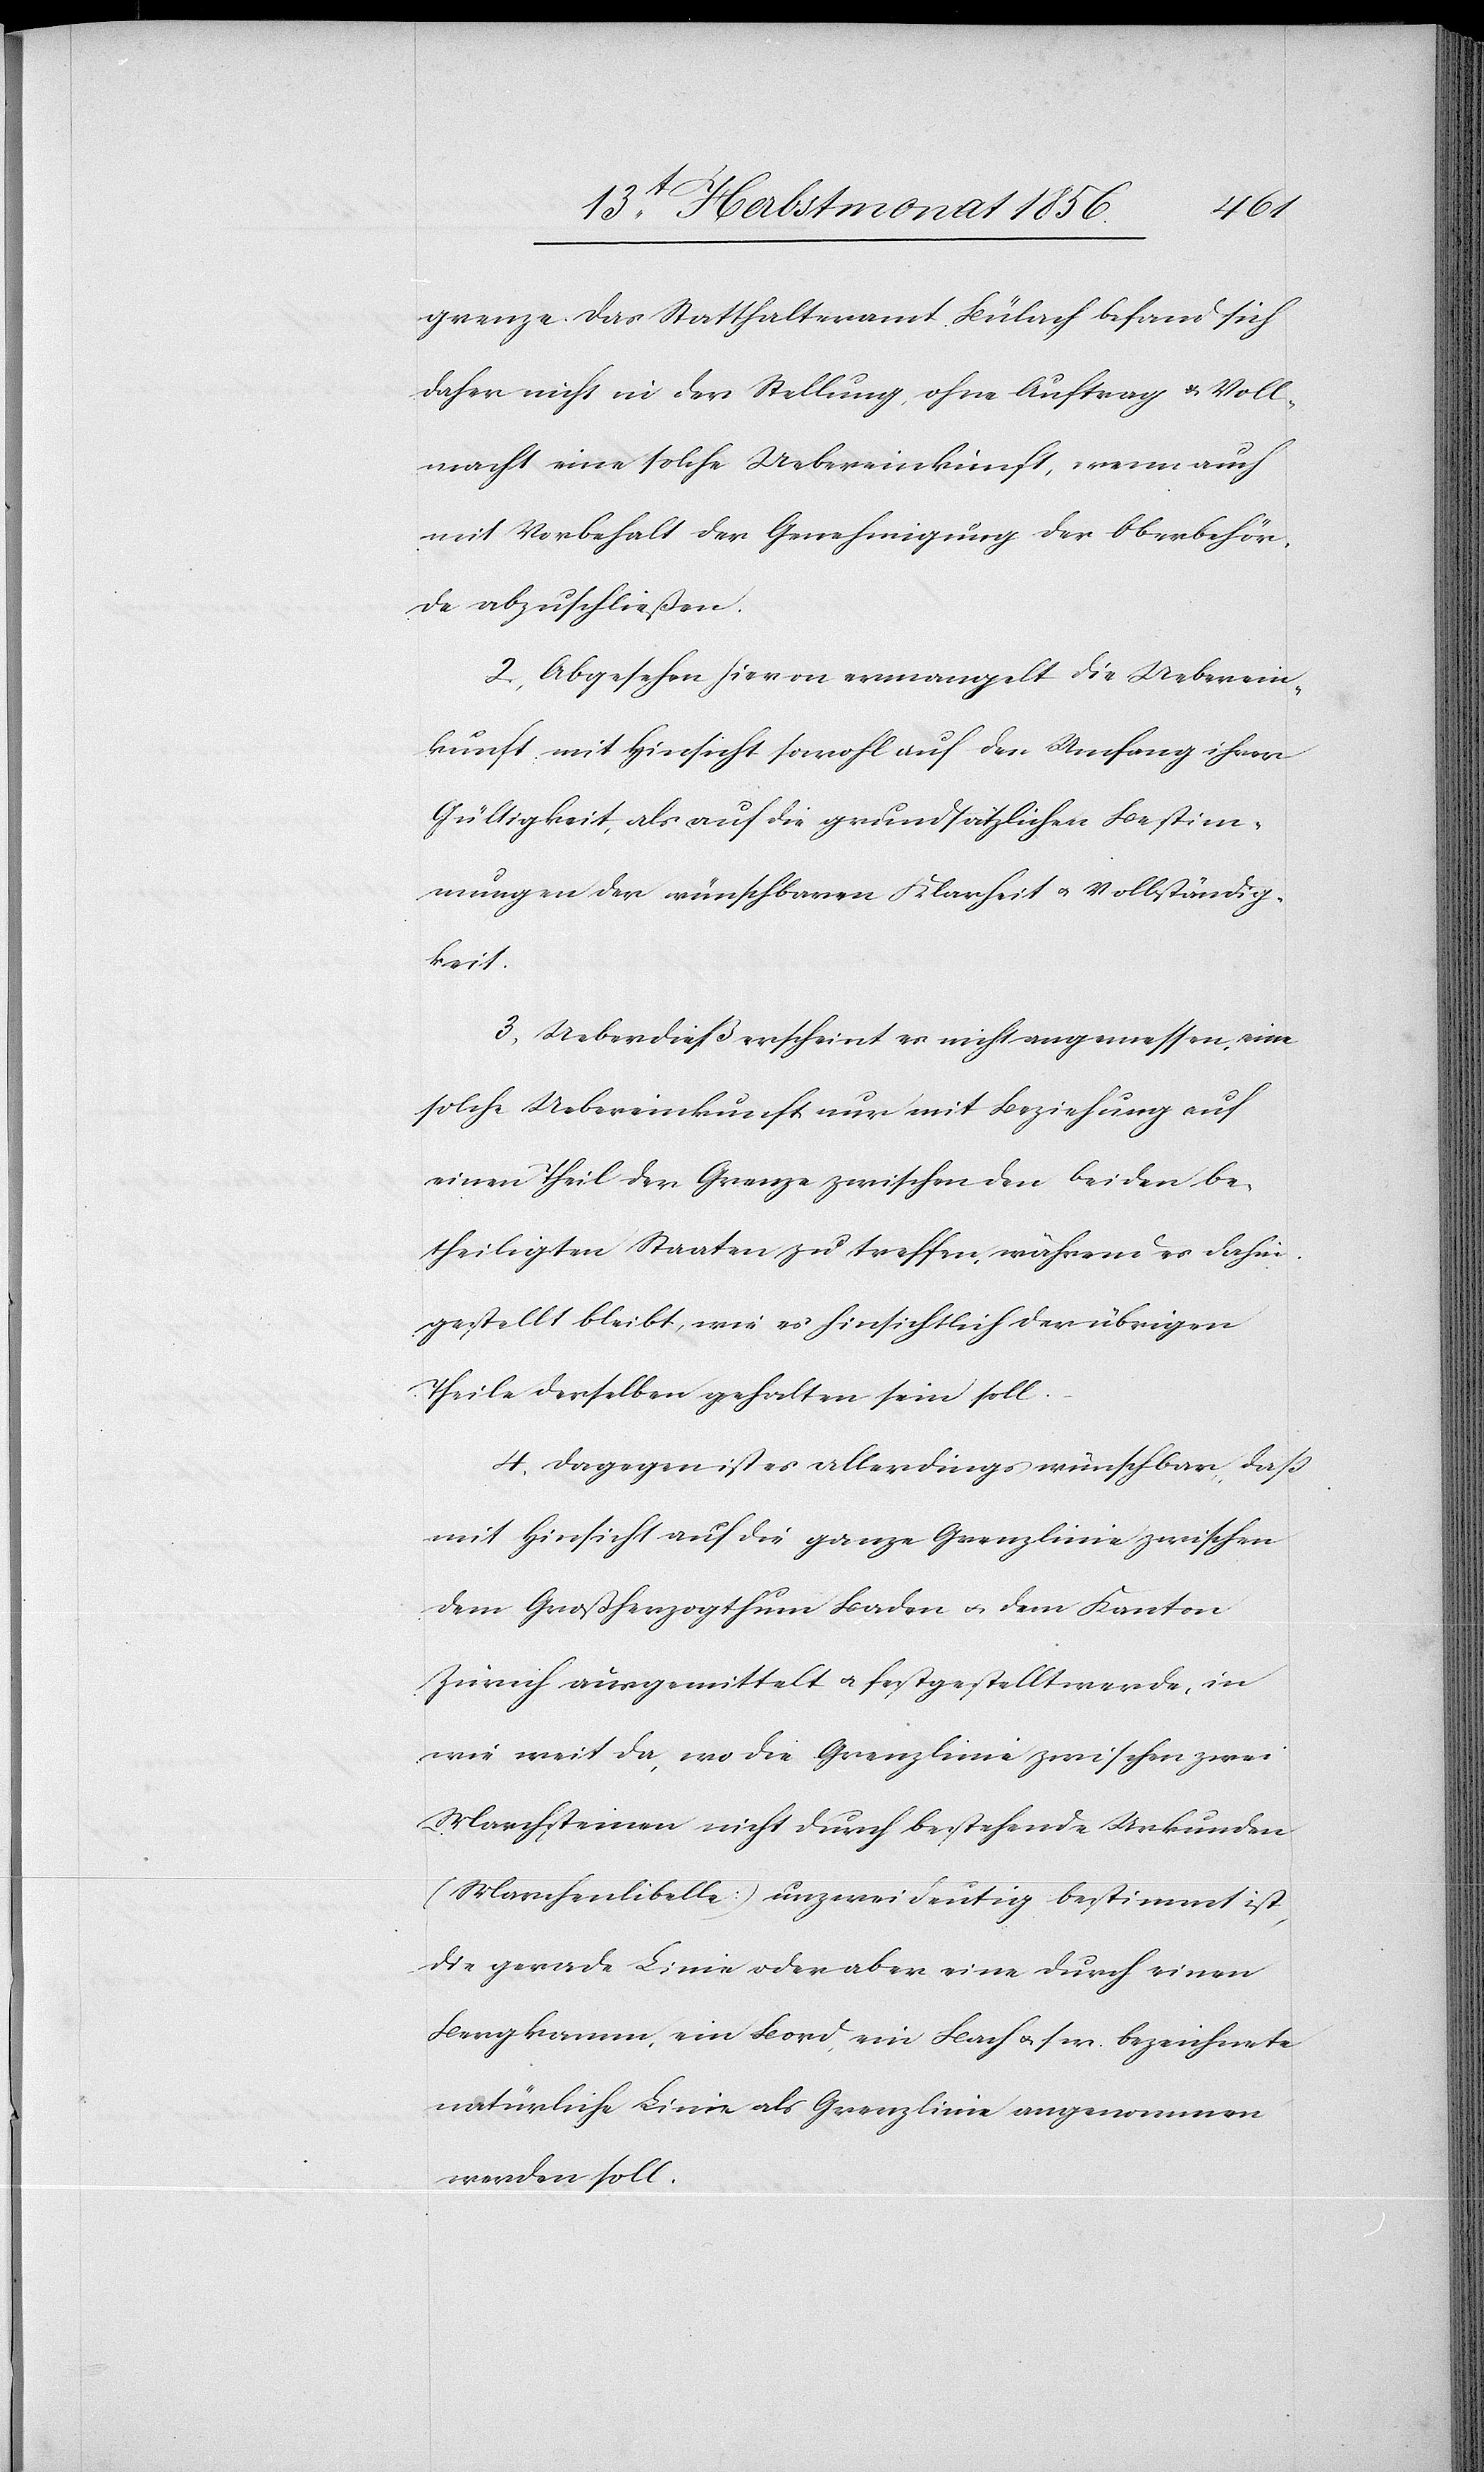
grenze. Das Statthalteramt Bülach befand sich
daher nicht in der Stellung ohne Auftrag u. Voll¬
macht eine solche Uebereinkunft, wenn auch
mit Vorbehalt der Genehmigung der Oberbehör¬
de abzuschließen.
2. Abgesehen hievon ermangelt die Ueberein¬
kunft mit Hinsicht sowohl auf den Umfang ihrer
Gültigkeit, als auf die grundsätzlichen Bestim¬
mungen der wünschbaren Klarheit u. Vollständig¬
keit.
3. Ueberdieß erscheint es nicht angemessen, eine
solche Uebereinkunft nur mit Beziehung auf
einen Theil der Grenze zwischen den beiden be¬
theiligten Staaten zu treffen, während es dahin¬
gestellt bleibt, wie es hinsichtlich der übrigen
Theile derselben gehalten sein soll.
4. Dagegen ist es allerdings wünschbar, dass
mit Hinsicht auf die ganze Grenzlinie zwischen
dem Großherzogthum Baden u. dem Kanton
Zürich ausgemittelt u. festgestellt werde, in
wie weit da, wo die Grenzlinie zwischen zwei
Marchsteinen nicht durch bestehende Urkunden
(Marchenlibelle) unzweideutig bestimmt ist,
die gerade Linie oder aber eine durch einen
Bergkamm, ein Bord, ein Bach u. s w. bezeichnete
natürliche Linie als Grenzlinie angenommen
werden soll.